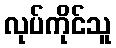
လုပ်ကိုင်သူ